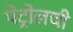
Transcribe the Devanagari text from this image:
पेट्रोलची